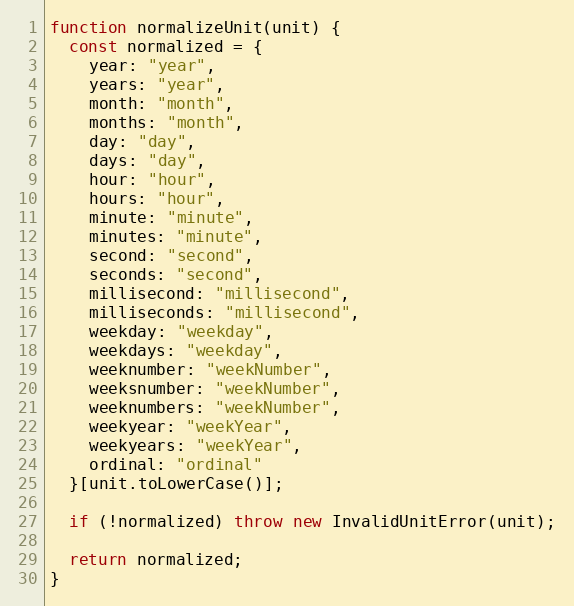
Language: JavaScript
function normalizeUnit(unit) {
  const normalized = {
    year: "year",
    years: "year",
    month: "month",
    months: "month",
    day: "day",
    days: "day",
    hour: "hour",
    hours: "hour",
    minute: "minute",
    minutes: "minute",
    second: "second",
    seconds: "second",
    millisecond: "millisecond",
    milliseconds: "millisecond",
    weekday: "weekday",
    weekdays: "weekday",
    weeknumber: "weekNumber",
    weeksnumber: "weekNumber",
    weeknumbers: "weekNumber",
    weekyear: "weekYear",
    weekyears: "weekYear",
    ordinal: "ordinal"
  }[unit.toLowerCase()];

  if (!normalized) throw new InvalidUnitError(unit);

  return normalized;
}